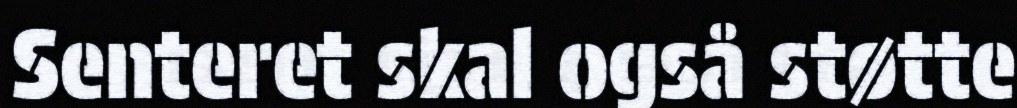
Senteret skal også støtte